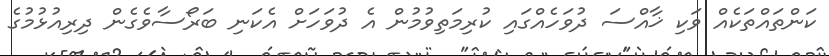
ކަންތައްތަކެއް ވަކި ޚާއްސަ ދުވަހެއްގައި ކުރިމަތިވުމުން އެ ދުވަހަށް އެކަނި ބަރޯސާވެގެން ދިރިއުޅުމުގެ